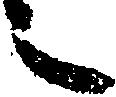
之